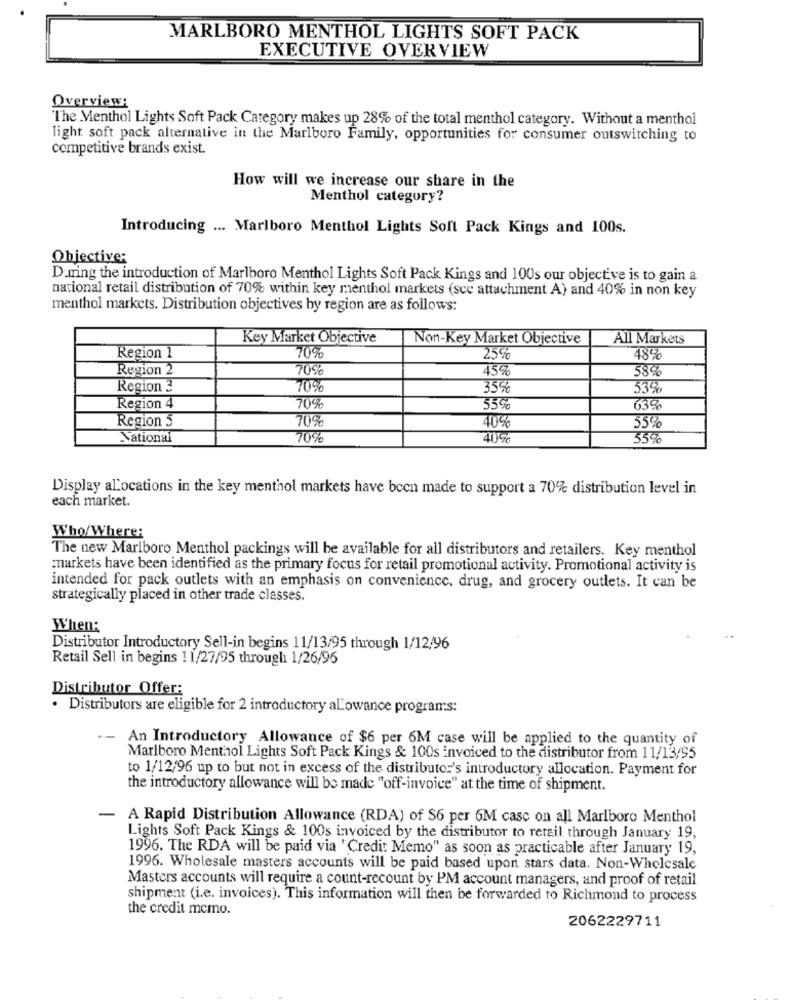
MARLBORO MENTHOL LIGHTS SOFT PACK
EXECUTIVE OVERVIEW
Overview:
"The Menthol Lights Soft Pack Category makes up 28% of the total menthol category. Without a menthol
light soft pack alternative in the Marlboro Family, opportunities for consumer outswitching to
competitive brands exist.
How will we increase our share in the
Menthol category?
Introducing ... Marlboro Menthol Lights Soft Pack Kings and 100s.
Objective:
During the introduction of Marlboro Menthol Lights Soft Pack Kings and 100s our objective is to gain a
national retail distribution of 70% within key menthol markets (scc attachment A) and 40% in non key
menthol markets. Distribution objectives by region are as follows:
Key Market Objective
Non-Key Market Objective
All Markets
70%
Region 1
25%
48%
Region 2
70%
45%
58%
Region 3
70%
35%
53%
Region 4
70%
55%
635
Region 5
70%
40%
55%
National
70%
40%
55%
Display aLocations in the key menthol markets have been made to support a 70% distribution level in
each market.
Who/ Where:
The new Marlboro Menthol packings will be available for all distributors and retailers. Key menthol
markets have been identified as the primary focus for retail promotional activity. Promotional activity is
intended for pack outlets with an emphasis on convenience, drug, and grocery outlets. It can be
strategically placed in other trade classes.
When:
Distributor Introductory Sell-in begins 11/13/95 through 1/12/96
Retail Sell in begins 11/27/95 through 1/26/96
Distributor Offer:
· Distributors are eligible for 2 introductory aLowance programs:
-- An Introductory Allowance of $6 per 6M case will be applied to the quantity of
Marlboro Menthol Lights Soft Pack Kings & 100s invoiced to the distributor from 11/13/95
to 1/12/96 up to but not in excess of the distributor's introductory allocation. Payment for
the introductory allowance will be made "off-invoice" at the time of shipment.
- A Rapid Distribution Allowance (RDA) of $6 per 6M casc on all Marlboro Menthol
Lights Soft Pack Kings & 100s invoiced by the distributor to retail through January 19,
1996. The RDA will be paid via ' Credit Memo" as soon as practicable after January 19,
1996. Wholesale masters accounts will be paid based upon stars data. Non-Wholesale
Masters accounts will require a count-recount by PM account managers, and proof of retail
shipment (i.e. invoices). This information will then be forwarded to Richmond to process
the credit mcmo.
2062229711